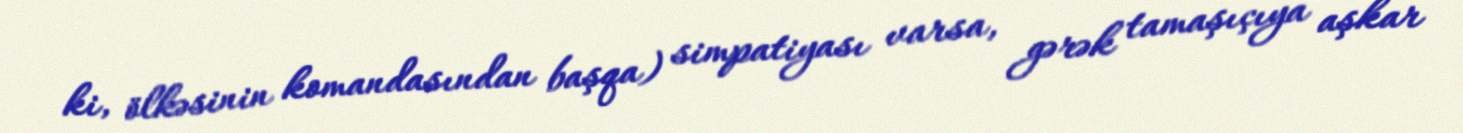
ki, ölkəsinin komandasından başqa) simpatiyası varsa, gərək tamaşıçıya aşkar